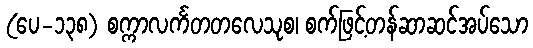
(ပေ-၁၃၈) စက္ကာလင်္ကတတလေသုစ၊ စက်ဖြင့်တန်ဆာဆင်အပ်သော